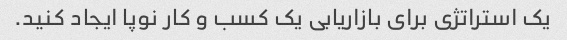
یک استراتژی برای بازاریابی یک کسب و کار نوپا ایجاد کنید.